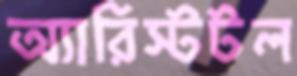
অ্যারিস্টটল